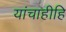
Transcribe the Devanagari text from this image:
यांचाहीहि